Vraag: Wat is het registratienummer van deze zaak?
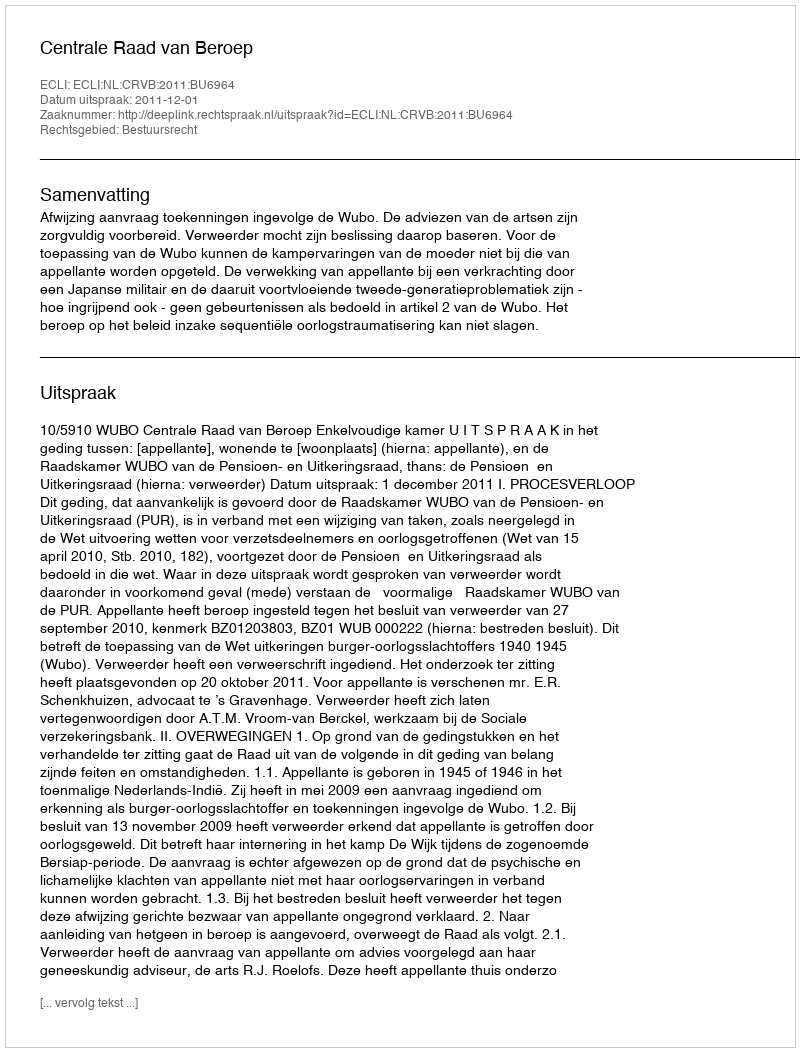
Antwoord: http://deeplink.rechtspraak.nl/uitspraak?id=ECLI:NL:CRVB:2011:BU6964